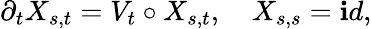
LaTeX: \partial_{t}X_{s,t}=V_{t}\circ X_{s,t},\quad X_{s,s}=\mathop{\mathbf id},